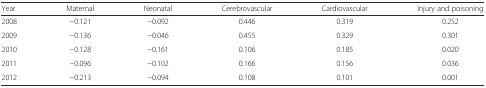
<table><thead><tr><td><b>Year</b></td><td><b>Maternal</b></td><td><b>Neonatal</b></td><td><b>Cerebrovascular</b></td><td><b>Cardiovascular</b></td><td><b>Injury and poisoning</b></td></tr></thead><tbody><tr><td>2008</td><td>−0.121</td><td>−0.092</td><td>0.446</td><td>0.319</td><td>0.252</td></tr><tr><td>2009</td><td>−0.136</td><td>−0.046</td><td>0.455</td><td>0.329</td><td>0.301</td></tr><tr><td>2010</td><td>−0.128</td><td>−0.161</td><td>0.106</td><td>0.185</td><td>0.020</td></tr><tr><td>2011</td><td>−0.096</td><td>−0.102</td><td>0.166</td><td>0.156</td><td>0.036</td></tr><tr><td>2012</td><td>−0.213</td><td>−0.094</td><td>0.108</td><td>0.101</td><td>0.001</td></tr></tbody></table>